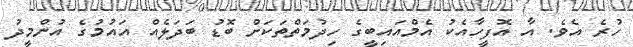
ހުރެ އެވެ. އާ އޮފީހާއެކު އެމްއައިބީގެ ހިދުމަތްތަކަށް ބޮޑު ބަދަލެއް އައުމުގެ އުންމީދު